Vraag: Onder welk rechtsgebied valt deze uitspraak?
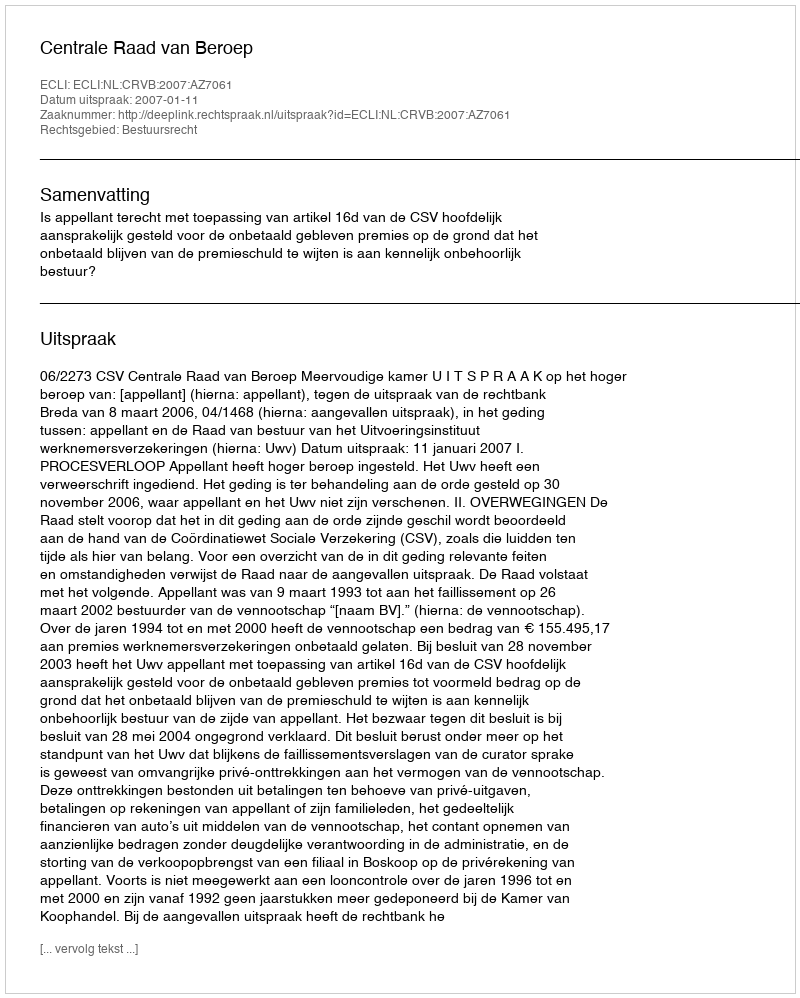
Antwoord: Bestuursrecht